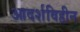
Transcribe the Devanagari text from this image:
आदर्शविहीन